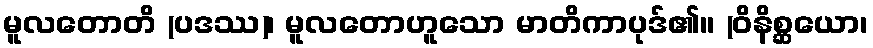
မူလတောတိ (ပဒဿ)၊ မူလတောဟူသော မာတိကာပုဒ်၏။ (ဝိနိစ္ဆယော၊